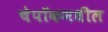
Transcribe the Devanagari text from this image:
चेपॉकमधील